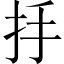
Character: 抙